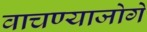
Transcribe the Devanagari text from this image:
वाचण्याजोगे